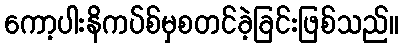
ကော့ပါးနိကပ်စ်မှစတင်ခဲ့ခြင်းဖြစ်သည်။